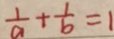
\frac { 1 } { a } + \frac { 1 } { b } = 1